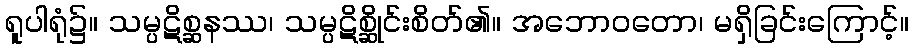
ရူပါရုံ၌။ သမ္ပဋိစ္ဆနဿ၊ သမ္ပဋိစ္ဆိုင်းစိတ်၏။ အဘောဝတော၊ မရှိခြင်းကြောင့်။